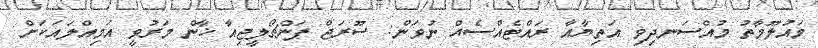
މައުލޫމާތު މުއްސަނދިވި އަތިޔާއާ ރައްޓެއްސެއް ނުވަން: ސޫރަޖް ޕަންޗޯލީޖިއާ ޚާން މަރުވީ އަމިއްލައަކަށް